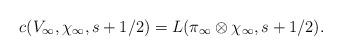
LaTeX: \begin{align*}c(V_\infty,\chi_{\infty},s+1/2)=L(\pi_{\infty}\otimes\chi_{\infty},s+1/2).\end{align*}